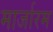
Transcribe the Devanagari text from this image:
मार्जारम